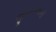
જીવનકથાની